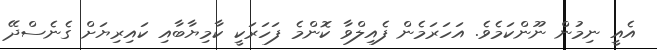
އެއީ ނިމުން ނޫންކަމެވެ. އަހަރަމެން ފެއިލްވާ ކޮންމެ ފަހަރަކީ ކާމިޔާބާއި ކައިރިޔަށް ގެނެސްދޭ